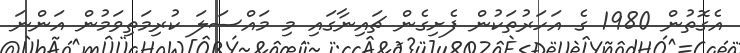
އެގޮތުން 1980 ގެ އަހަރުތަކުން ފެށިގެން ޗައިނާގައި މި މައްސަލަ ކުރިމަތިވަމުން އަންނަ